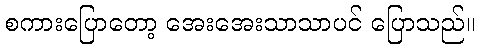
စကားပြောတော့ အေးအေးသာသာပင် ပြောသည်။